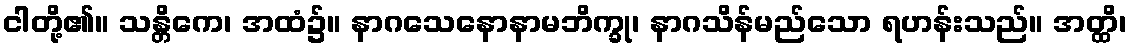
ငါတို့၏။ သန္တိကေ၊ အထံ၌။ နာဂသေနောနာမဘိက္ခု၊ နာဂသိန်မည်သော ရဟန်းသည်။ အတ္ထိ၊